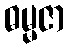
ဓမ္မဇာ